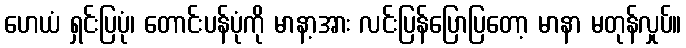
ဟေယံ ရှင်းပြပုံ၊ တောင်းပန်ပုံကို မာနာ့အား လင်းပြန်ပြောပြတော့ မာနာ မတုန်လှုပ်။